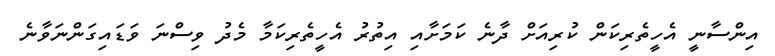
އިންސާނީ އެހީތެރިކަން ކުރިއަށް ދާނެ ކަމަށާއި އިތުރު އެހީތެރިކަމާ މެދު ވިސްނަ ވަޑައިގަންނަވާނެ